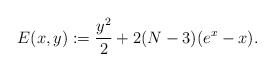
\begin{align*}E(x,y):=\frac{y^2}{2}+2(N-3)(e^x-x).\end{align*}